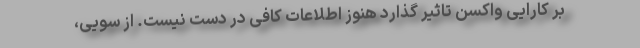
بر کارایی واکسن تاثیر گذارد هنوز اطلاعات کافی در دست نیست. از سویی،